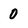
Character: 0